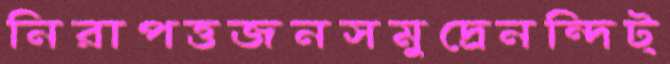
নিরাপত্তজনসমুদ্রেনন্দিট্